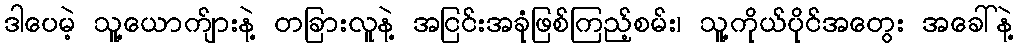
ဒါပေမဲ့ သူ့ယောက်ျားနဲ့ တခြားလူနဲ့ အငြင်းအခုံဖြစ်ကြည့်စမ်း၊ သူ့ကိုယ်ပိုင်အတွေး အခေါ်နဲ့